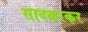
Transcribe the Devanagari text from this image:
सावकरकर